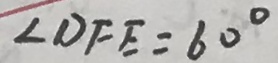
\angle D F E = 6 0 ^ { \circ }